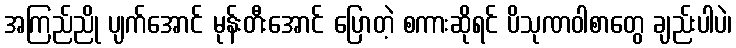
အကြည်ညို ပျက်အောင် မုန်းတီးအောင် ပြောတဲ့ စကားဆိုရင် ပိသုဏဝါစာတွေ ချည်းပါပဲ၊